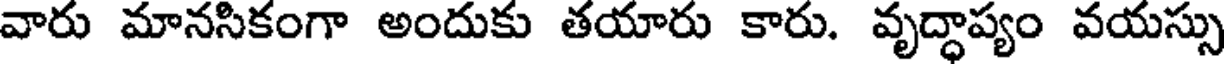
వారు మానసికంగా అందుకు తయారు కారు. వృద్ధాప్యం వయస్సు